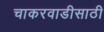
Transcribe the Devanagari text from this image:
चाकरवाडीसाठी